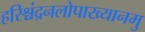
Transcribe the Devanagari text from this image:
हरिश्चंद्रनलोपाख्यानमु